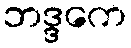
ဘဒ္ဒကေ